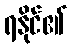
ရနိုင်၏